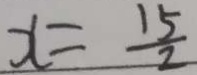
x = \frac { 1 5 } { 2 }